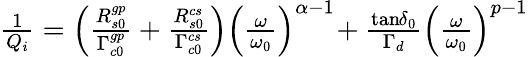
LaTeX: \begin{array}{r}{\frac{1}{Q_{i}}=\left(\frac{R_{s0}^{gp}}{\Gamma_{c0}^{gp}}+\frac{R_{s0}^{cs}}{\Gamma_{c0}^{cs}}\right)\left(\frac{\omega}{\omega_{0}}\right)^{\alpha-1}\! +\frac{{\tan\! \delta}_{0}}{\Gamma_{d}}\left(\frac{\omega}{\omega_{0}}\right)^{p-1}}\end{array}